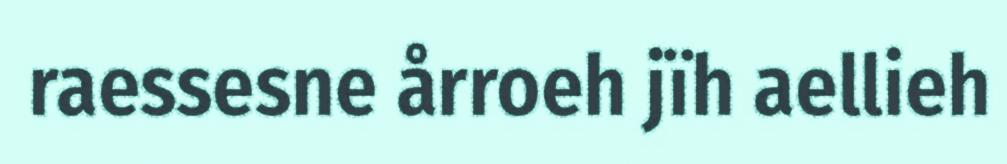
raessesne årroeh jïh aellieh